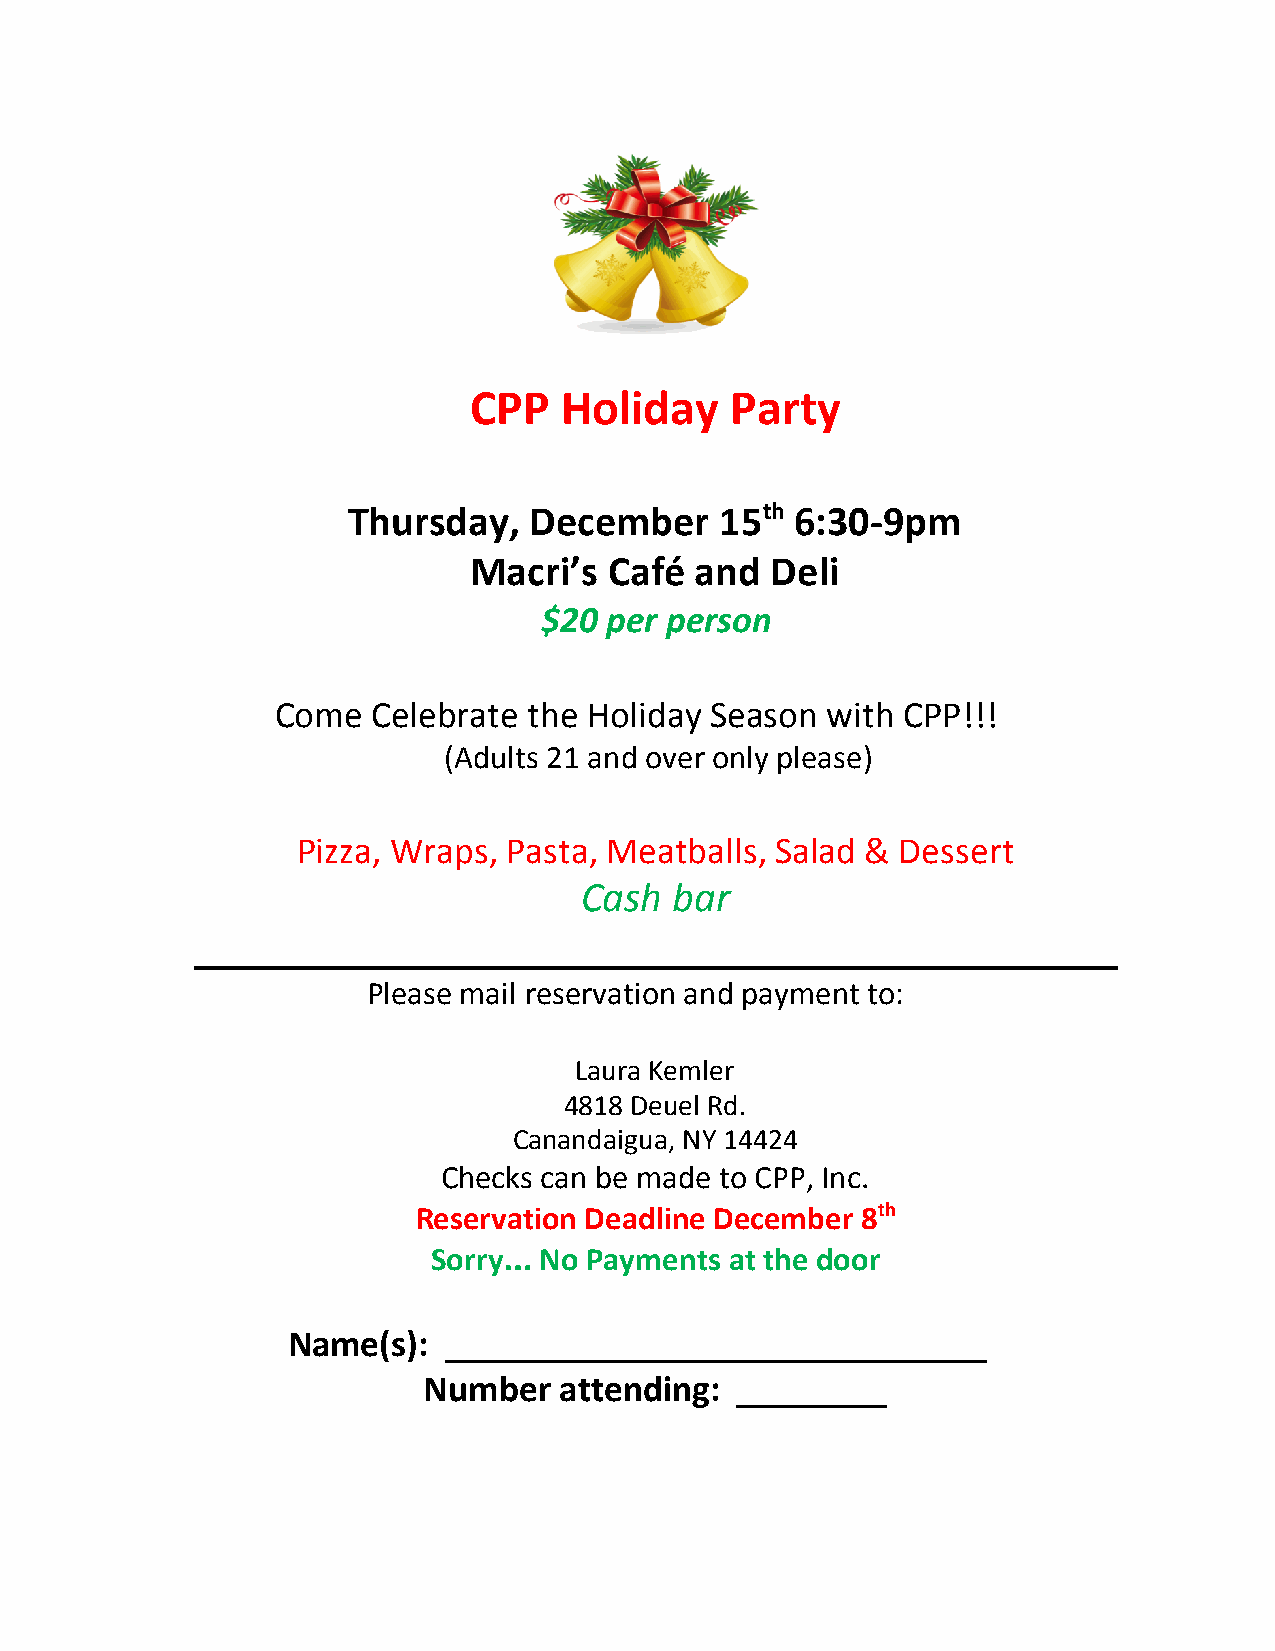
CPP   Holiday    Party
 Thursday,   December     15th 6:30-9pm
 ​
 ​
 Macri’s  Café  and  Deli
 $20 per person
 Come   Celebrate the Holiday Season  with CPP!!!
 (Adults 21 and over only please)
 Pizza, Wraps, Pasta, Meatballs, Salad & Dessert
 Cash   bar
 ____________________________________________
 Please mail reservation and payment to:
 Laura Kemler
 4818 Deuel Rd.
 Canandaigua, NY 14424
 Checks can be made to CPP, Inc.
 Reservation Deadline December 8th
 ​
 Sorry  No Payments at the door
 …
 Name(s):   _____________________________
 Number   attending:  ________